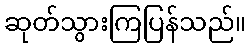
ဆုတ်သွားကြပြန်သည်။